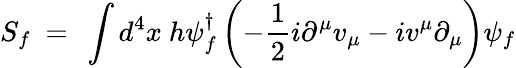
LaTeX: S_{f}~=~\int d^{4}x~h\psi_{f}^{\dagger}\left(-\frac{1}{2}i\partial^{\mu}v_{\mu}-iv^{\mu}\partial_{\mu}\right)\psi_{f}